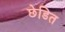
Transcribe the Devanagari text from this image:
छेडित